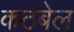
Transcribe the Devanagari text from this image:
कठबेल